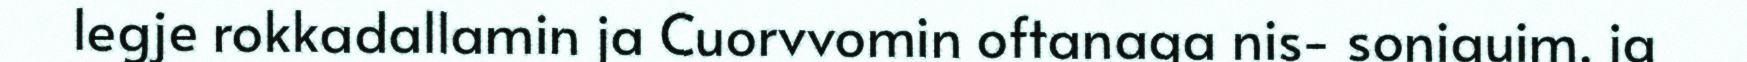
legje rokkadallamin ja Cuorvvomin oftanaga nis- soniguim, ja